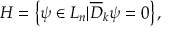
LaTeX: { \cal H } = \left\{ \psi \in { \cal L } _ { n } | { \overline { { { \cal D } } } } _ { k } \psi = 0 \right\} ,